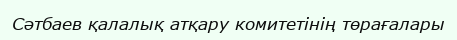
Сәтбаев қалалық атқару комитетінің төрағалары